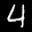
Label: 4